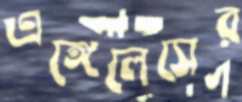
এঙ্গেলেসের